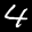
Label: 4